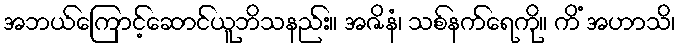
အဘယ်ကြောင့်ဆောင်ယူဘိသနည်း။ အဇိနံ၊ သစ်နက်ရေကို။ ကိံ အဟာသိ၊